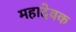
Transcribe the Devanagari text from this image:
महादेवक